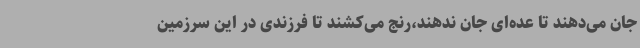
جان می‌دهند تا عده‌ای جان ندهند،رنج می‌کشند تا فرزندی در این سرزمین